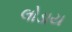
લોડાય